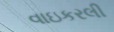
વાઇકરલી